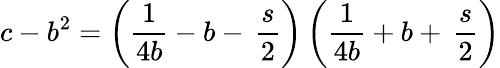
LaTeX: c-b^{2}=\left({\frac{1}{4b}}-b-\, \frac{s}{2}\right)\left({\frac{1}{4b}}+b+\, \frac{s}{2}\right)